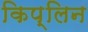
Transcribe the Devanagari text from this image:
किप्लिन